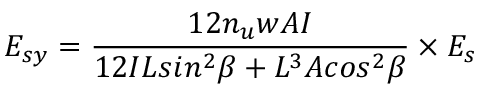
E _ { s y } = \frac { 1 2 n _ { u } w A I } { 1 2 I L s i n ^ { 2 } \beta + L ^ { 3 } A c o s ^ { 2 } \beta } \times { E _ { s } }